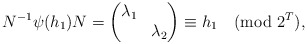
\begin{align*}N^{-1}\psi(h_1)N = \left( \begin{matrix} \lambda_1 & \\ & \lambda_2 \end{matrix} \right) \equiv h_1 \pmod{2^T},\end{align*}